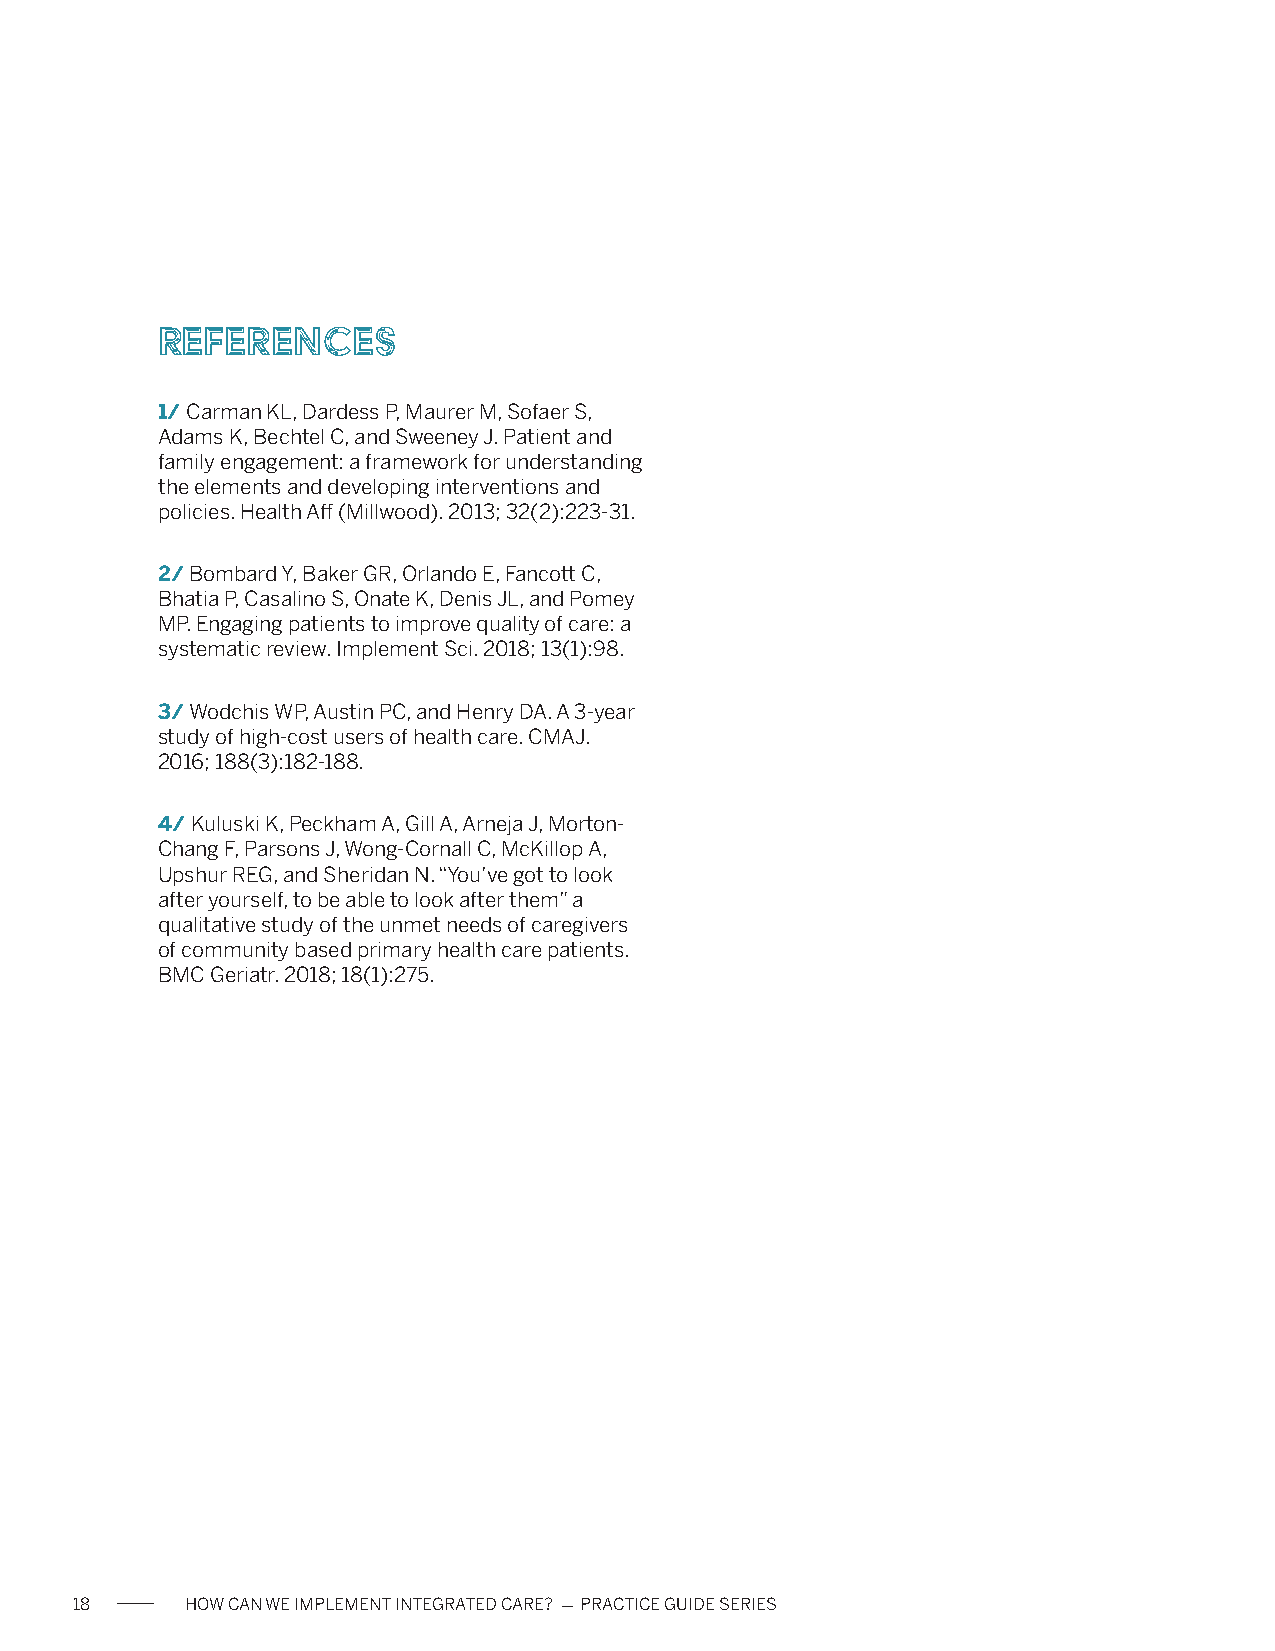
References
 1/ Carman KL, Dardess P, Maurer M, Sofaer S,
 Adams K, Bechtel C, and Sweeney J. Patient and
 family engagement: a framework for understanding
 the elements and developing interventions and
 policies. Health Aff (Millwood). 2013; 32(2):223-31.
 2/ Bombard Y, Baker GR, Orlando E, Fancott C,
 Bhatia P, Casalino S, Onate K, Denis JL, and Pomey
 MP. Engaging patients to improve quality of care: a
 systematic review. Implement Sci. 2018; 13(1):98.
 3/ Wodchis WP, Austin PC, and Henry DA. A 3-year
 study of high-cost users of health care. CMAJ.
 2016; 188(3):182-188.
 4/ Kuluski K, Peckham A, Gill A, Arneja J, Morton-
 Chang F, Parsons J, Wong-Cornall C, McKillop A,
 Upshur REG, and Sheridan N. “You’ve got to look
 after yourself, to be able to look after them” a
 qualitative study of the unmet needs of caregivers
 of community based primary health care patients.
 BMC Geriatr. 2018; 18(1):275.
 18     HOW CAN WE IMPLEMENT INTEGRATED CARE? - PRACTICE GUIDE SERIES